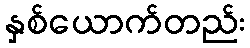
နှစ်ယောက်တည်း